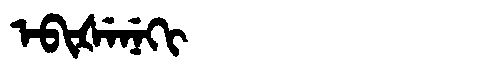
Manchu: ᡝᠪᡳᡧᡝᠨᡝᡴᡳ
Romanization: EBIŠENEKI